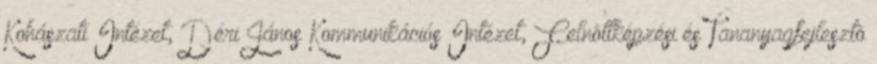
Kohászati Intézet, Déri János Kommunikációs Intézet, Felnõttképzési és Tananyagfejlesztõ